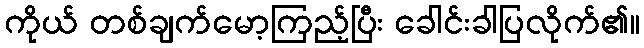
ကိုယ် တစ်ချက်မော့ကြည့်ပြီး ခေါင်းခါပြလိုက်၏။